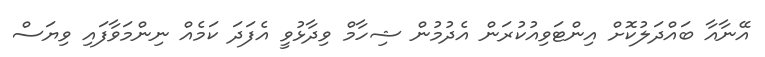
އޭނާއާ ބައްދަލުކޮށް އިންޓަވިއުކުރަން އެދުމުން ޝިހާމް ވިދާޅުވީ އެފަދަ ކަމެއް ނިންމަވާފައި ވިޔަސް